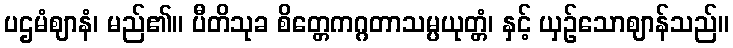
ပဌမံဈာနံ၊ မည်၏။ ပီတိသုခ စိတ္တေကဂ္ဂတာသမ္ပယုတ္တံ၊ နှင့် ယှဉ်သောဈာန်သည်။